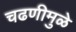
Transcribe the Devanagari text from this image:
चढणीमुळे